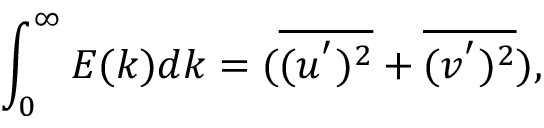
\int _ { 0 } ^ { \infty } E ( k ) d k = ( \overline { { ( u ^ { ' } ) ^ { 2 } } } + \overline { { ( v ^ { ' } ) ^ { 2 } } } ) ,